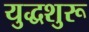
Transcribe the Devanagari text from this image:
युद्धशुरू